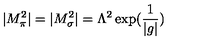
| M _ { \pi } ^ { 2 } | = | M _ { \sigma } ^ { 2 } | = \Lambda ^ { 2 } \exp ( \frac { 1 } { | g | } )